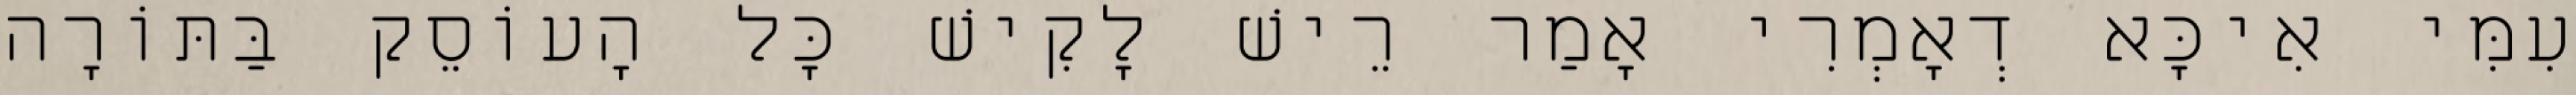
עִמִּי אִיכָּא דְאָמְרִי אָמַר רֵישׁ לָקִישׁ כׇּל הָעוֹסֵק בַּתּוֹרָה